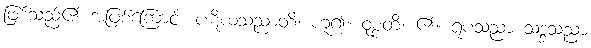
ဖြစ်သည်၏ အဖြစ်ကြောင့်။ ပဋိဃသညာတိ၊ ဟူ၍။ ဝုစ္စတိ၊ ၏။ ရူပသညာ သဒ္ဒသညာ